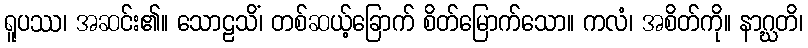
ရူပဿ၊ အဆင်း၏။ သောဠသိံ၊ တစ်ဆယ့်ခြောက် စိတ်မြောက်သော။ ကလံ၊ အစိတ်ကို။ နာဂ္ဃတိ၊